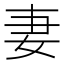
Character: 妻